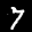
Label: 7